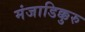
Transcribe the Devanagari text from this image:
मंजाडिक्कुरु